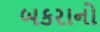
બકરાનો